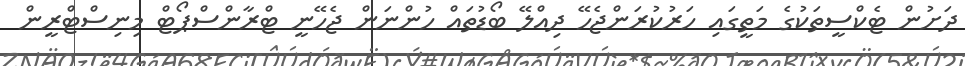
ދަށުން ޓެކްސީތަކުގެ މަތީގައި ހަރުކުރަންޖެހޭ ދިއްލޭ ބޯޑުތައް ހުންނަން ޖެހޭނީ ޓްރާންސްޕޯޓް މިނިސްޓްރީން